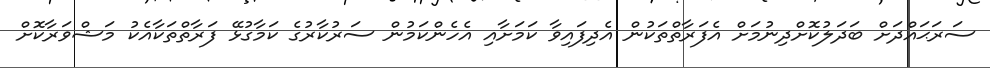
ސަރަޙައްދަށް ބަދަލުކޮށްދިނުމަށް އެފަރާތްތަކުން އެދިފައިވާ ކަމަށާއި އެހެންކަމުން ސަރުކާރުގެ ކަމާގުޅޭ ފަރާތްތަކާއެކު މަޝްވަރާކޮށް